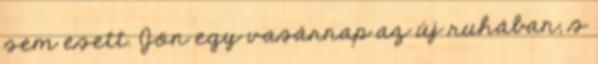
sem esett. Jön egy vasárnap az új ruhában, s